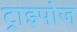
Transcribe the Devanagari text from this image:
ट्राइपोज